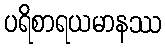
ပရိစာရယမာနဿ